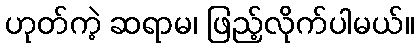
ဟုတ်ကဲ့ ဆရာမ၊ ဖြည့်လိုက်ပါမယ်။